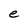
Character: e